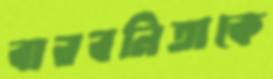
বারবনিতাকে